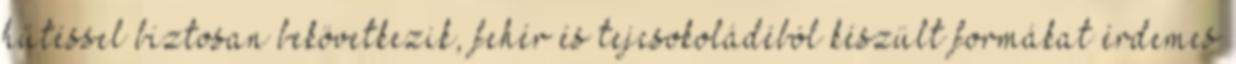
hűtéssel biztosan bekövetkezik, fehér és tejcsokoládéból készült formákat érdemes